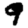
Digit: 9